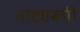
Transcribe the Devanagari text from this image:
नाट्यरूपी